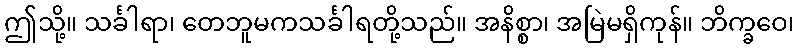
ဤသို့။ သင်္ခါရာ၊ တေဘူမကသင်္ခါရတို့သည်။ အနိစ္စာ၊ အမြဲမရှိကုန်။ ဘိက္ခဝေ၊